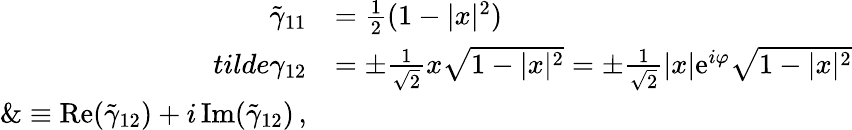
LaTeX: \begin{array}{rl}{\tilde{\gamma}_{11}}&{=\frac{1}{2}(1-|x|^{2})}\\ {tilde{\gamma}_{12}}&{=\pm\frac{1}{\sqrt{2}}x\sqrt{1-|x|^{2}}=\pm\frac{1}{\sqrt{2}}|x|\mathrm{e}^{i\varphi}\sqrt{1-|x|^{2}}}\\ {\& \equiv\mathrm{Re}(\tilde{\gamma}_{12})+i\, \mathrm{Im}(\tilde{\gamma}_{12})\, ,}\end{array}